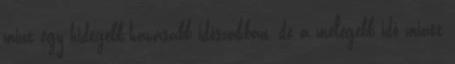
mint egy hidegebb-havasabb időszakban, de a melegebb idő miatt